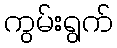
ကွမ်းရွက်